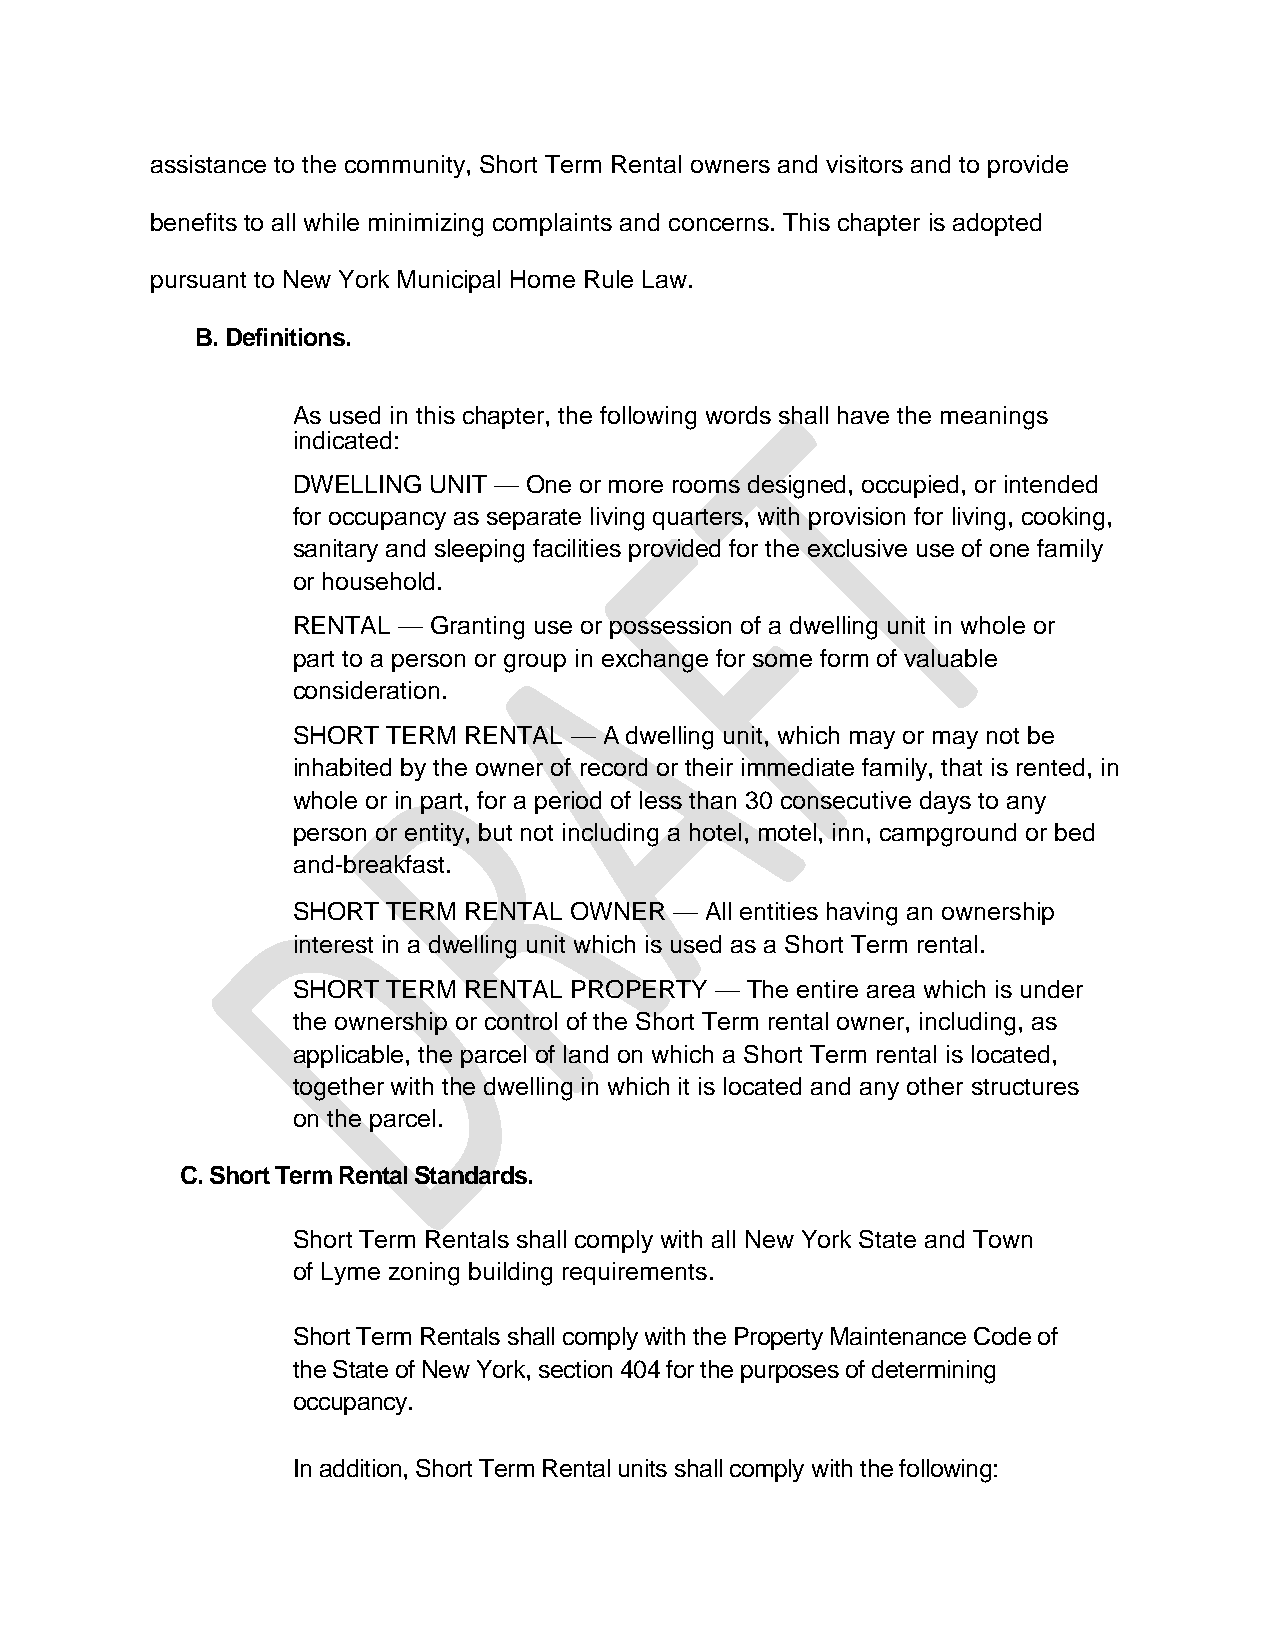
assistance to the community, Short Term Rental owners and visitors and to provide
 benefits to all while minimizing complaints and concerns. This chapter is adopted
 pursuant to New York Municipal Home Rule Law.
 B. Definitions.
 As used in this chapter, the following words shall have the meanings
 indicated:
 DWELLING UNIT — One or more rooms designed, occupied, or intended
 for occupancy as separate living quarters, with provision for living, cooking,
 sanitary and sleeping facilities provided for the exclusive use of one family
 or household.
 RENTAL — Granting use or possession of a dwelling unit in whole or
 part to a person or group in exchange for some form of valuable
 consideration.
 SHORT  TERM RENTAL — A dwelling unit, which may or may not be
 inhabited by the owner of record or their immediate family, that is rented, in
 whole or in part, for a period of less than 30 consecutive days to any
 person or entity, but not including a hotel, motel, inn, campground or bed
 and-breakfast.
 SHORT  TERM RENTAL OWNER  — All entities having an ownership
 interest in a dwelling unit which is used as a Short Term rental.
 SHORT  TERM RENTAL PROPERTY — The entire area which is under
 the ownership or control of the Short Term rental owner, including, as
 applicable, the parcel of land on which a Short Term rental is located,
 together with the dwelling in which it is located and any other structures
 on the parcel.
 C. Short Term Rental Standards.
 Short Term Rentals shall comply with all New York State and Town
 of Lyme zoning building requirements.
 Short Term Rentals shall comply with the Property Maintenance Code of
 the State of New York, section 404 for the purposes of determining
 occupancy.
 In addition, Short Term Rental units shall comply with the following: